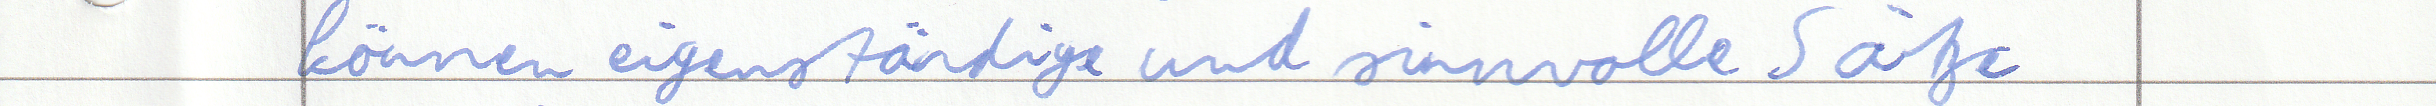
können eigenständige und sinnvolle Sätze